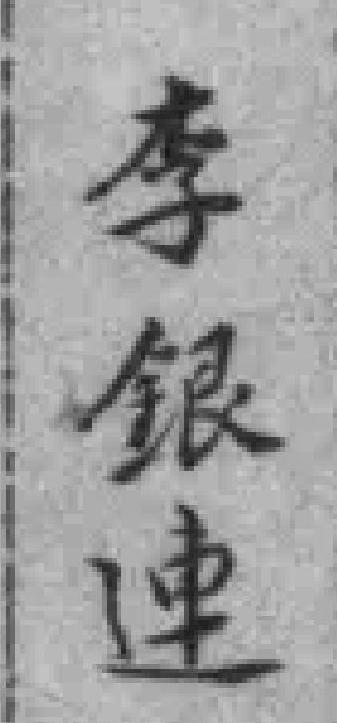
李银連